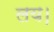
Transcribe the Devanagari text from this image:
लय।